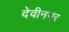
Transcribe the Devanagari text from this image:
देवीनगर